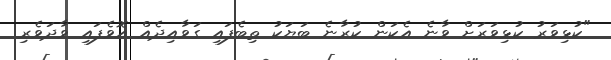
"ކުޅިވަރު ކުޅިވަރަަށް ވާނެ އެކަން ކުރާނެ ބަޔަކު ތިބެފައި ގަވާއިދެއް އޮވެފައި ވާދަވެރި